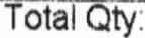
TOTAL QTY: